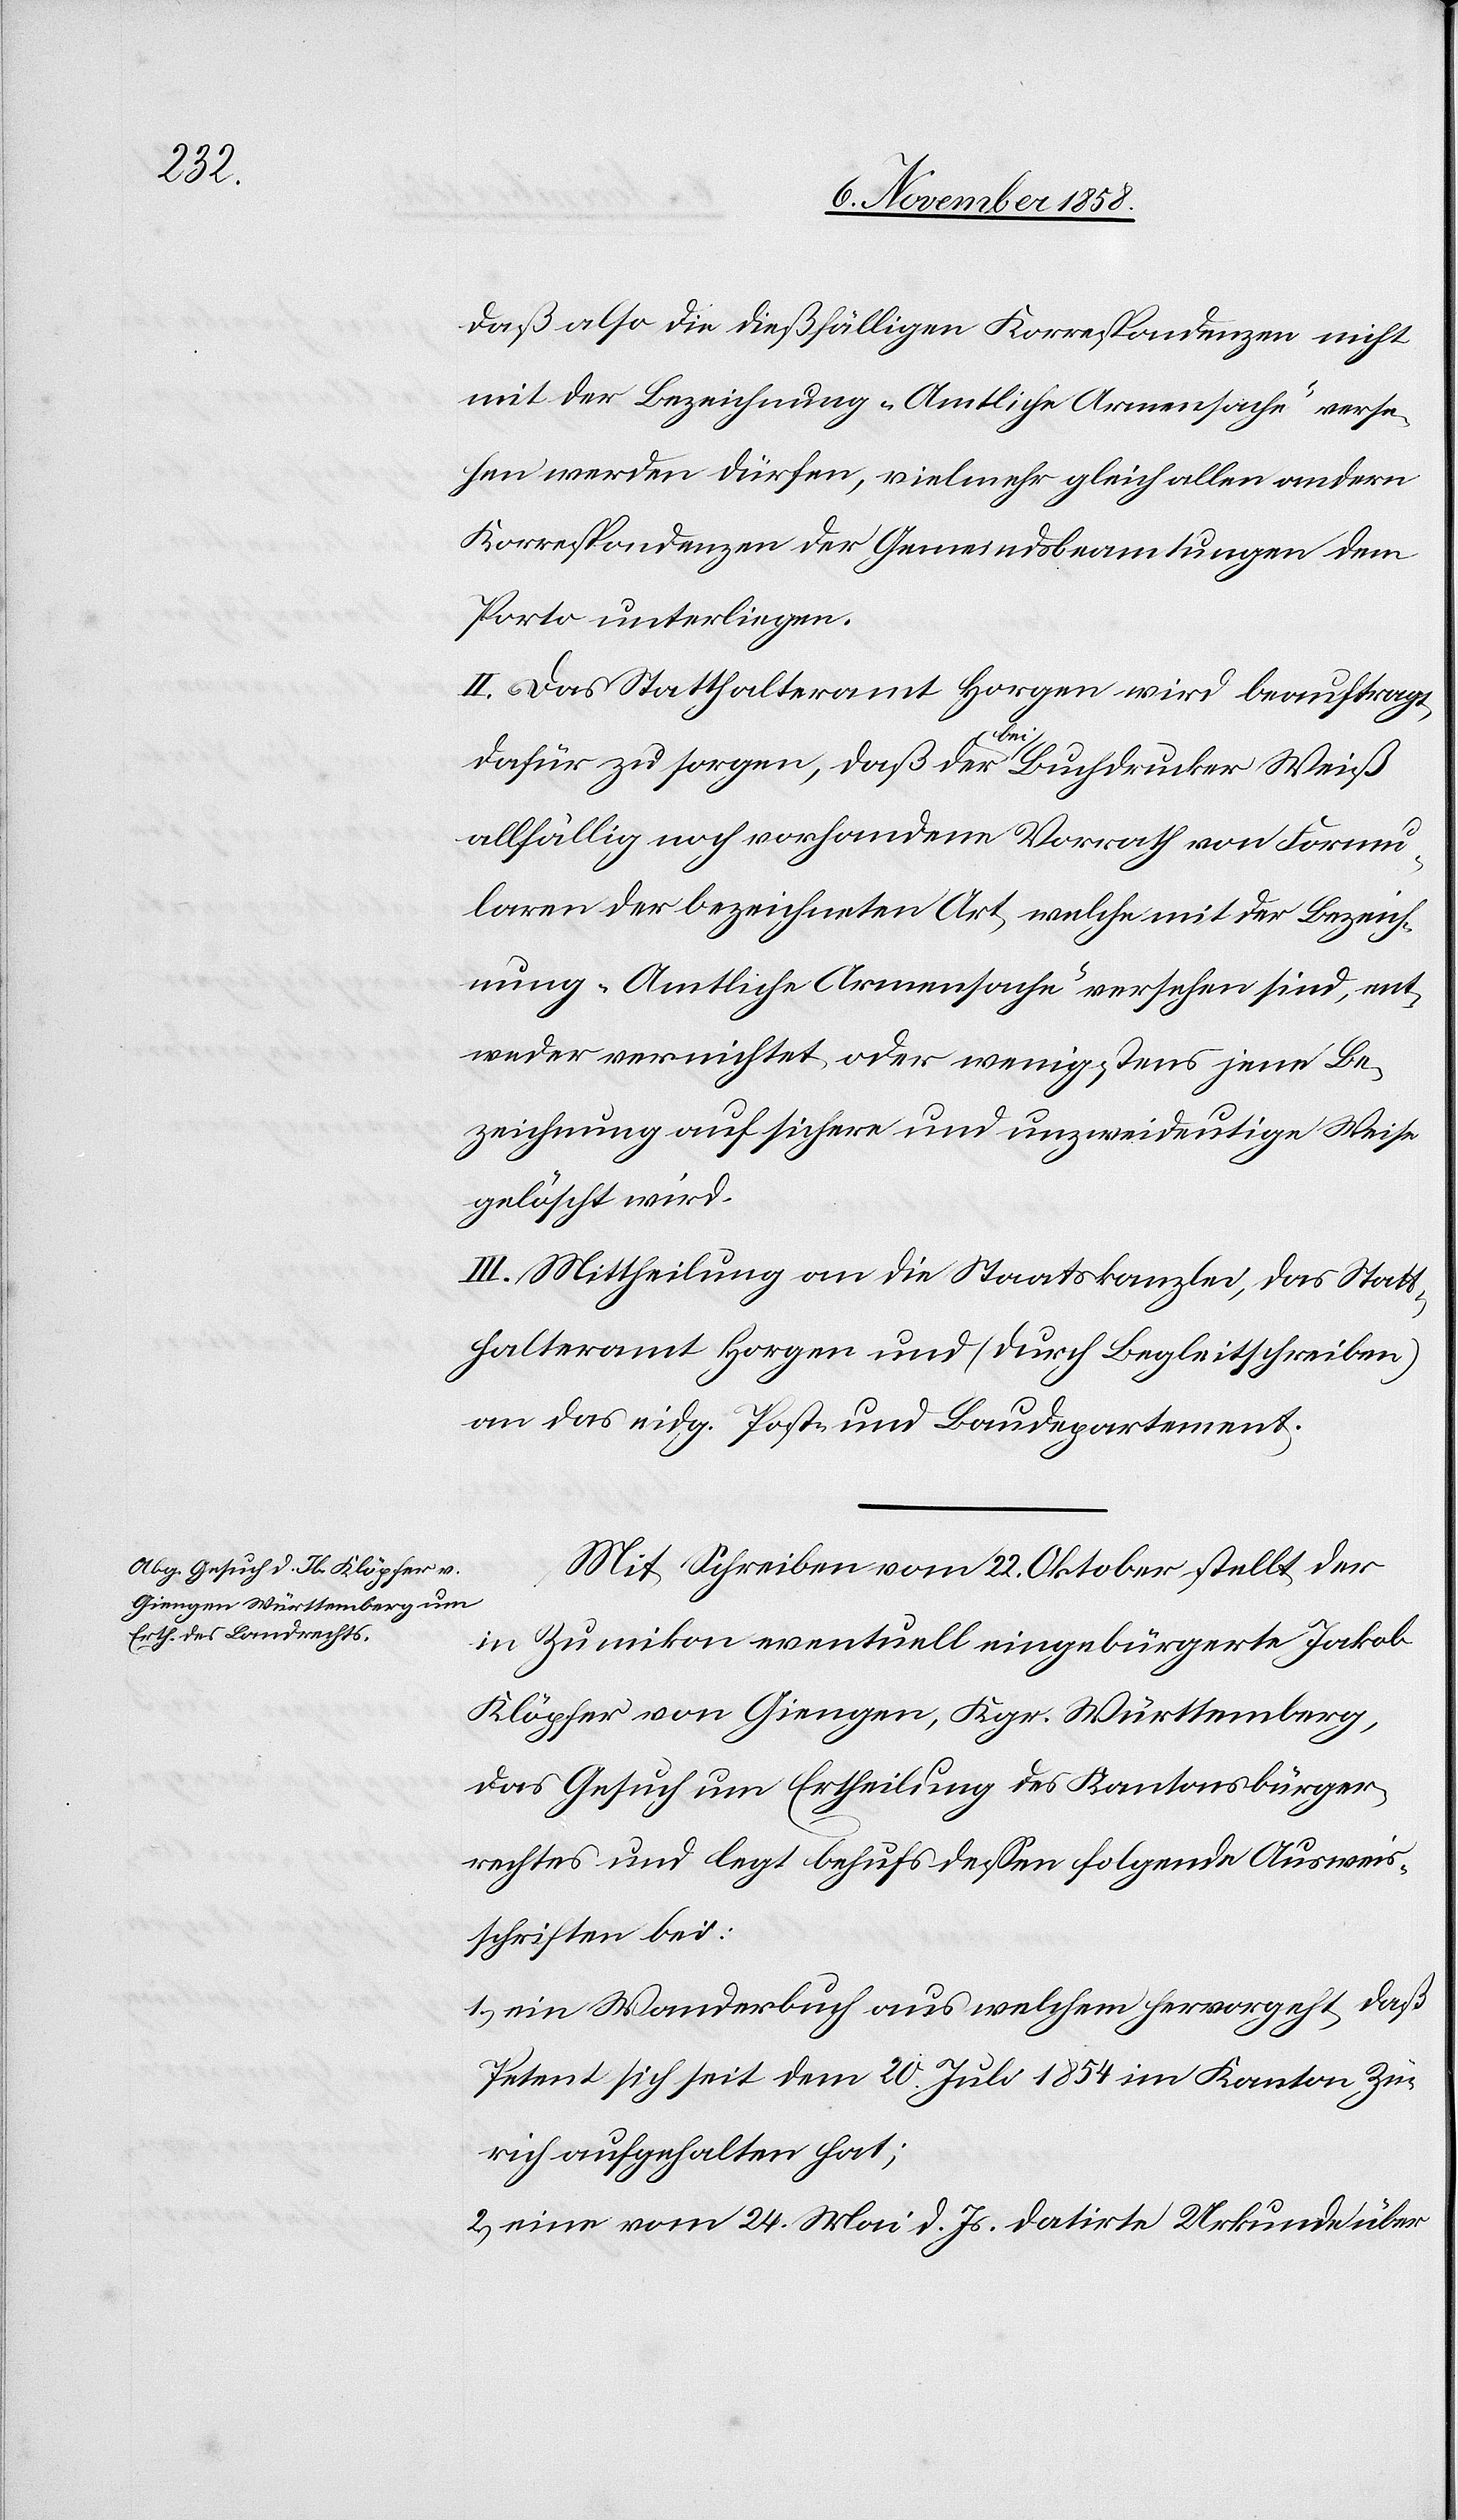
daß also die dießfälligen Korrespondenzen nicht
mit der Bezeichnung „Amtliche Armensache“ verse¬
hen werden dürfen, vielmehr gleich allen andern
Korrespondenzen der Gemeindsbeamtungen dem
Porto unterliegen.
II. Das Statthalteramt Horgen wird beauftragt,
dafür zu sorgen, daß der bei Buchdrucker Weiß
allfällig noch vorhandene Vorrath von Formu¬
laren der bezeichneten Art, welche mit der Bezeich¬
nung „Amtliche Armensache“ versehen sind, ent¬
weder vernichtet oder wenigstens jene Be¬
zeichnung auf sichere und unzweideutige Weise
gelöscht wird.
III. Mittheilung an die Staatskanzlei, das Statt¬
halteramt Horgen und (durch Begleitschreiben)
an das eidg. Post- und Baudepartement.
Mit Schreiben vom 22. Oktober stellt der
in Zumikon eventuell eingebürgerte Jakob
Klöpfer von Giengen, Kgr. Württemberg,
das Gesuch um Ertheilung des Kantonsbürger¬
rechtes und legt behufs dessen folgende Ausweis¬
schriften bei:
ein Wanderbuch aus welchem hervorgeht, daß
Petent sich seit dem 20. Juli 1854 im Kanton Zü¬
rich aufgehalten hat;
eine vom 24. Mai d. Js. datirte Urkunde über